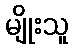
မျိုးသူ